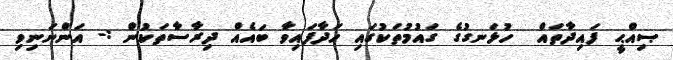
ޞިއްޙީ ފައިދާތައް  ހުޅަނގުގެ ގައުމުތަކުގައި ހަދާފައިވާ ބައެއް ދިރާސާތަކުން :- އަންނަނިވި